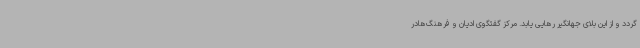
گردد و از این بلای جهانگیر رهایی یابد. مرکز گفتگوی ادیان و فرهنگ‌هادر